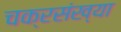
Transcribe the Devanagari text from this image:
चक्रसंख्या